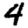
Digit: 4